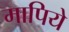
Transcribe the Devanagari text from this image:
मापिये